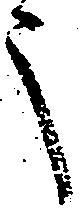
之